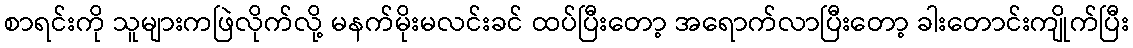
စာရင်းကို သူများကဖြဲလိုက်လို့ မနက်မိုးမလင်းခင် ထပ်ပြီးတော့ အရောက်လာပြီးတော့ ခါးတောင်းကျိုက်ပြီး